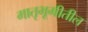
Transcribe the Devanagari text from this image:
मातृभूमीतील